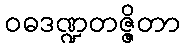
ဝဓဒဏ္ဍတဇ္ဇိတာ